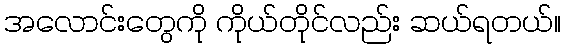
အလောင်းတွေကို ကိုယ်တိုင်လည်း ဆယ်ရတယ်။